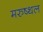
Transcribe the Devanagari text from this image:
मरुष्थल